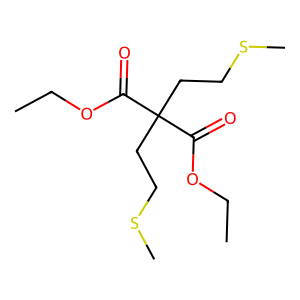
SMILES: CCOC(=O)C(CCSC)(CCSC)C(=O)OCC
Inhibits HIV replication: No